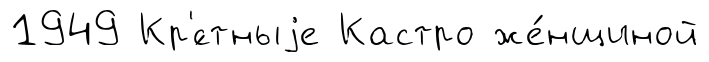
1949 Кр'́стныjе Кастро же́нщиной